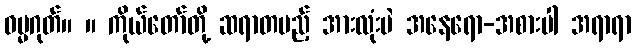
ဓမ္မဂုတ်။ ။ ကိုယ်တော်တို့ ဆရာတပည့် အားလုံးပဲ အနေရော-အစားပါ အရာရာ